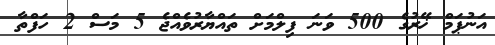
އަނުޕަމް ޚޭރުގެ 500 ވަނަ ފިލްމަށް ތައްޔާރުވެއްޖެ 5 މަސް 2 ހަފްތާ